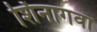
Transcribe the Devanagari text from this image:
शिंनागवा